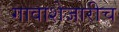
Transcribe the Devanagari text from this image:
गावाशेजारीच